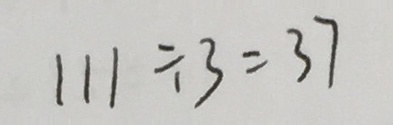
1 1 1 \div 3 = 3 7